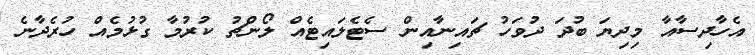
އެހާދިސާއާ މިދިޔަ ބުދަ ދުވަހު ޗައިނާއިން ސެޓެލައިޓެއް ލޯންޗު ކުރުމާ ގުޅުމެއް ހުރެދާނެ